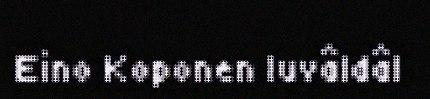
Eino Koponen luvâldâl